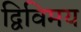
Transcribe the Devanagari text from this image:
द्विविमय